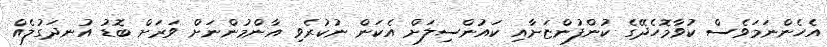
އެހެންނަމަވެސް ކުވާމޮހެދޭގެ ކުންފުންޏަށާއި ކައުންސިލަށް އެކަން ނުކުރެވި އާންމުންނަށް ވަރަށް ބޮޑު އުނދަގުލެއް